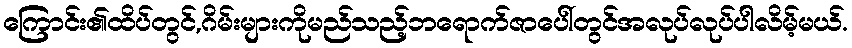
ကြောင်း၏ထိပ်တွင်,ဂိမ်းများကိုမည်သည့်ဘရောက်ဇာပေါ်တွင်အလုပ်လုပ်ပါလိမ့်မယ်.